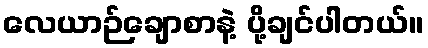
လေယာဉ်ချောစာနဲ့ ပို့ချင်ပါတယ်။